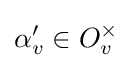
\alpha '_{v}\in O_{v}^{\times }